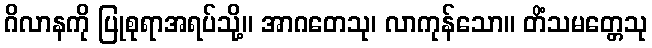
ဂိလာနကို ပြုစုရာအရပ်သို့။ အာဂတေသု၊ လာကုန်သော။ တိံသမတ္တေသု